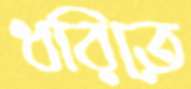
ধরিতে